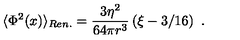
\langle \Phi ^ { 2 } ( x ) \rangle _ { R e n . } = \frac { 3 \eta ^ { 2 } } { 6 4 \pi r ^ { 3 } } \left( \xi - 3 / 1 6 \right) \ .